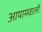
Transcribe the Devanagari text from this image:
आयामवाली